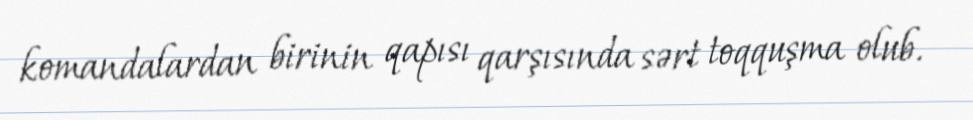
komandalardan birinin qapısı qarşısında sərt toqquşma olub.